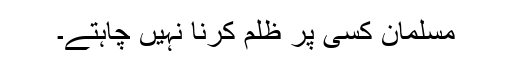
مسلمان کسی پر ظلم کرنا نہیں چاہتے۔